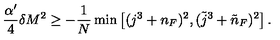
\frac { \alpha ^ { \prime } } 4 \delta M ^ { 2 } \ge - \frac 1 N \min \left[ ( j ^ { 3 } + n _ { F } ) ^ { 2 } , ( \tilde { j } ^ { 3 } + \tilde { n } _ { F } ) ^ { 2 } \right] .